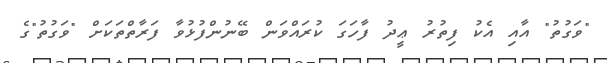
"ވަގުތު" އާއި އެކު ފިތުރު ޢީދު ފާހަގަ ކުރައްވަން ބޭނުންފުޅުވާ ފަރާތްތަކަށް "ވަގުތު"ގެ